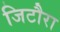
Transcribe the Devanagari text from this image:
जिटौरा